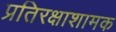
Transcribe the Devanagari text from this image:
प्रतिरक्षाशामक